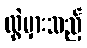
လွဲမှားသည့်